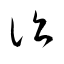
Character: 詣